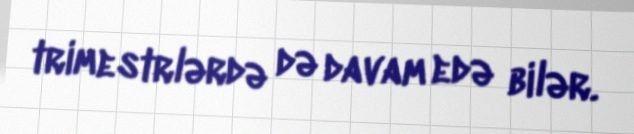
trimestrlərdə də davam edə bilər.